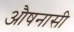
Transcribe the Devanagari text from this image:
औषनासी